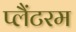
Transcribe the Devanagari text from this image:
प्लैंटरम